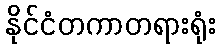
နိုင်ငံတကာတရားရုံး